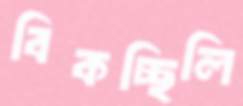
বিকচ্ছিলি